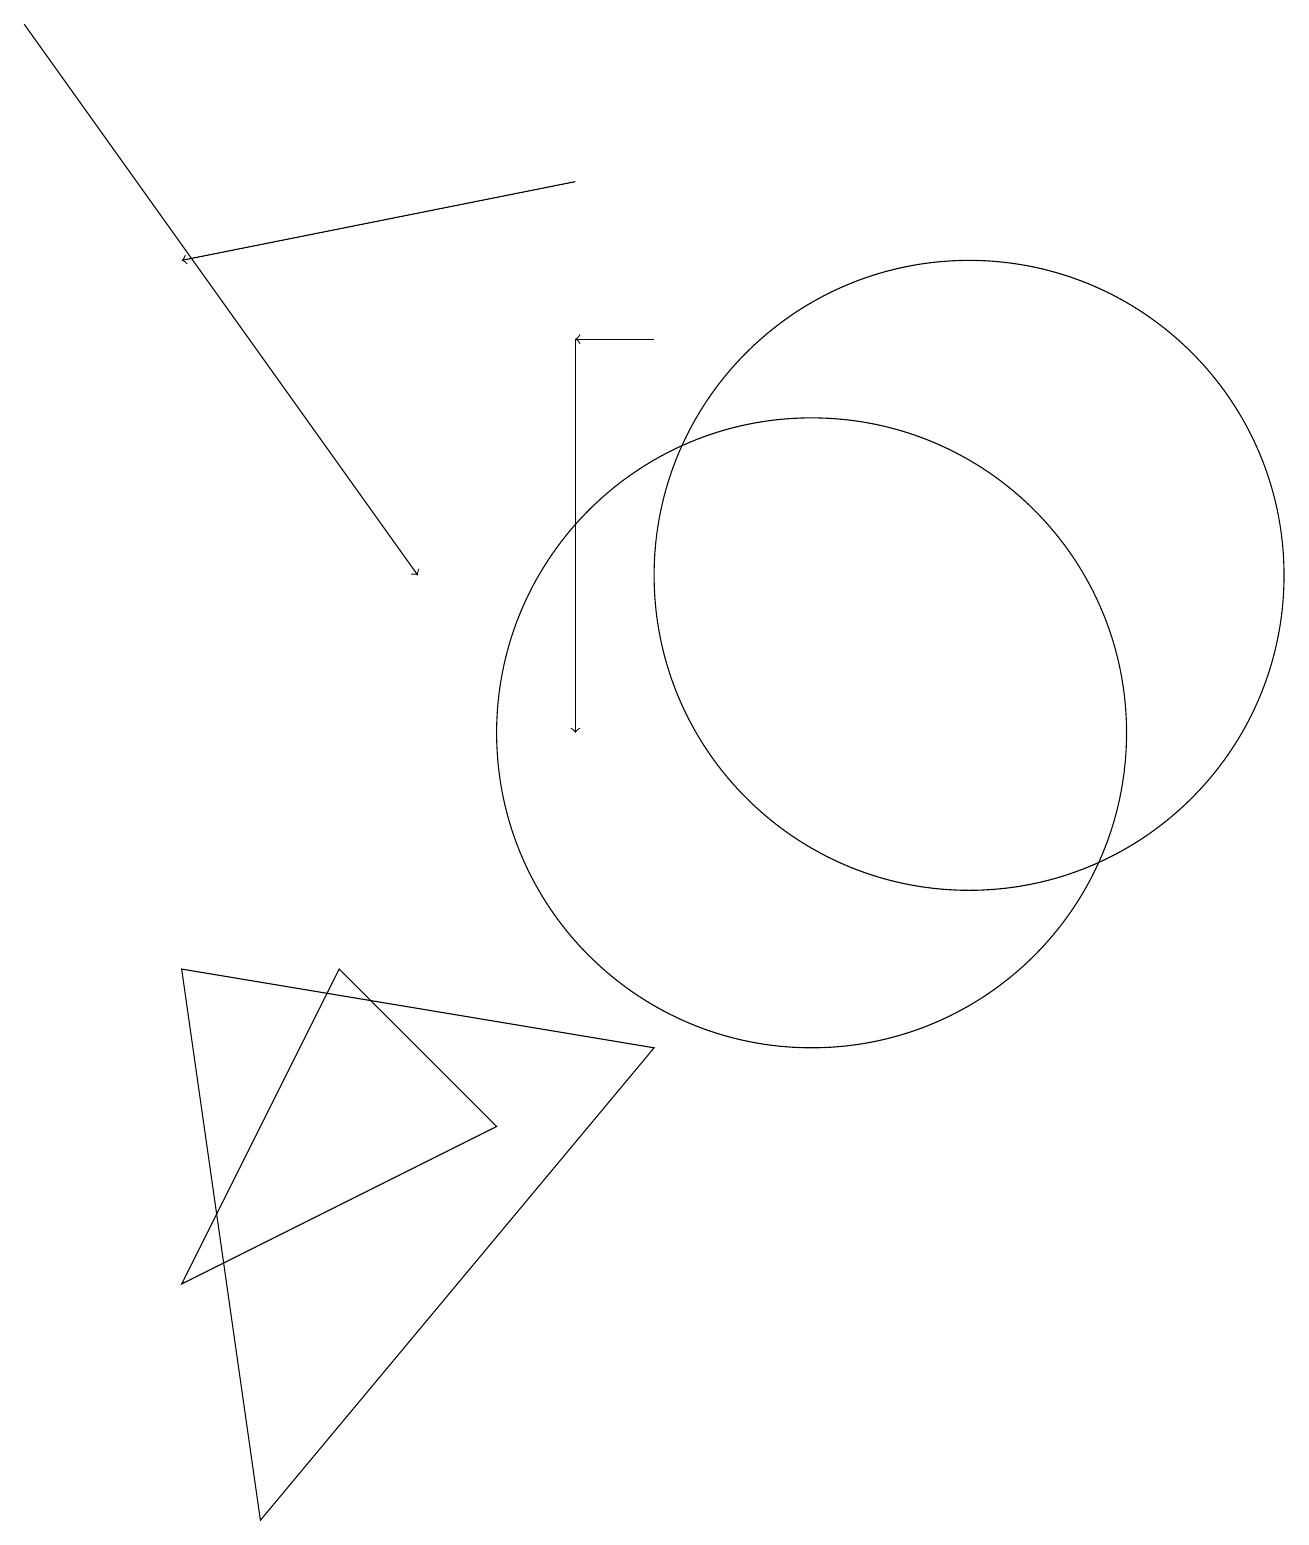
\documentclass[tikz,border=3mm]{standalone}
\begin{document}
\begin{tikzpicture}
\draw[->] (7,17) -- (2,16);
\draw[->] (0,19) -- (5,12);
\draw (4,7) -- (2,3) -- (6,5) -- cycle;
\draw (10,10) circle (4);
\draw[->] (8,15) -- (7,15);
\draw (12,12) circle (4);
\draw[->] (7,15) -- (7,10);
\draw (3,0) -- (2,7) -- (8,6) -- cycle;
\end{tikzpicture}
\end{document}